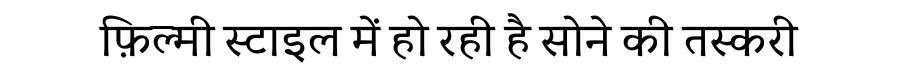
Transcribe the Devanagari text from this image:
फ़िल्मी स्टाइल में हो रही है सोने की तस्करी